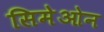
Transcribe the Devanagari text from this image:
सिमेओन